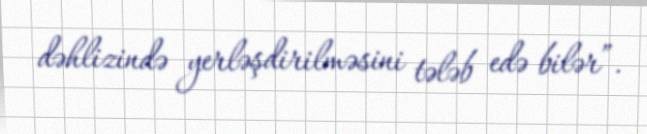
dəhlizində yerləşdirilməsini tələb edə bilər”.